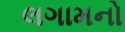
લગામનો